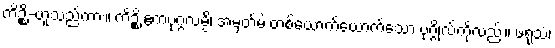
ကိဉ္စိ-ဟူသည်ကား။ ကိဉ္စိ ဧကံပုဂ္ဂလမ္ပိ၊ အမှတ်မဲ့ တစ်ယောက်ယောက်သော ပုဂ္ဂိုလ်ကိုလည်း။ ဖရုသံ၊